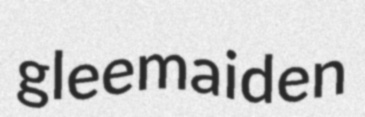
gleemaiden